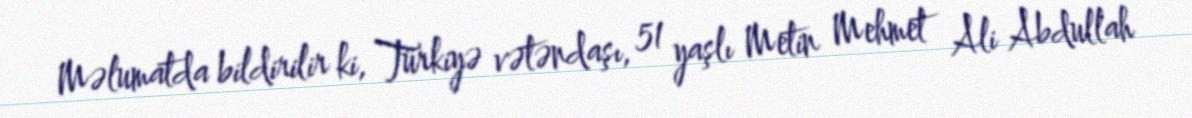
Məlumatda bildirilir ki, Türkiyə vətəndaşı, 51 yaşlı Metin Mehmet Ali Abdullah